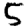
Digit: 5